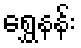
ရွှေနန်း